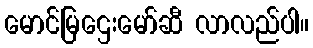
မောင်မြဌေးမော်ဆီ လာလည်ပါ။